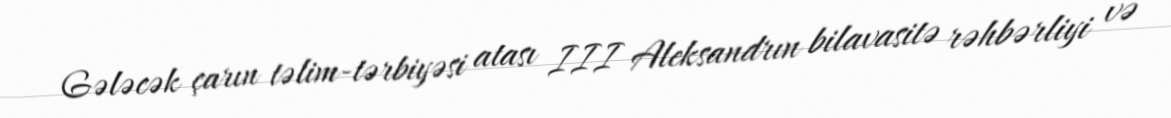
Gələcək çarın təlim-tərbiyəsi atası III Aleksandrın bilavasitə rəhbərliyi və